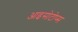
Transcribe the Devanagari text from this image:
आइसोटोप्स